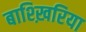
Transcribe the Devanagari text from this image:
बाश्ख़िरिया